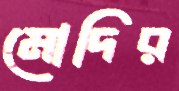
মোদির